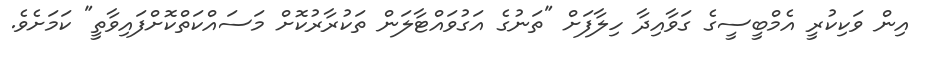
އިން ވަކިކުރީ އެމްބީސީގެ ގަވާއިދާ ހިލާފަށް "ތަނުގެ އަގުވައްޓާލަން ތަކުރާރުކޮށް މަސައްކަތްކޮށްފައިވާތީ" ކަމަށެވެ.